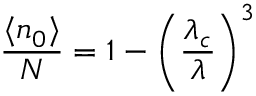
{ \frac { \langle n _ { 0 } \rangle } { N } } = 1 - \left( { \frac { \lambda _ { c } } { \lambda } } \right) ^ { 3 }